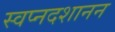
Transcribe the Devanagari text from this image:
स्वप्नदशानन